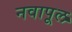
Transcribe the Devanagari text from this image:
नवापूल